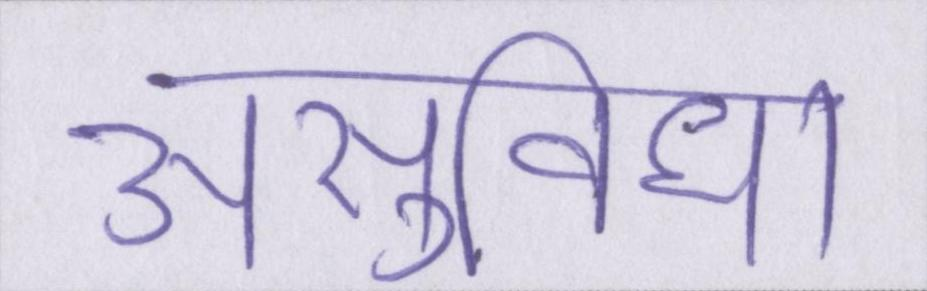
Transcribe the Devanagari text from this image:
असुविधा